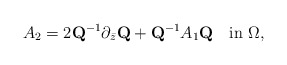
\begin{align*}A_2=2\mbox{\bf Q}^{-1}\partial_{\bar z}\mbox{\bf Q}+\mbox{\bf Q}^{-1}A_1\mbox{\bf Q}\quad\mbox{in}\,\,\Omega,\end{align*}